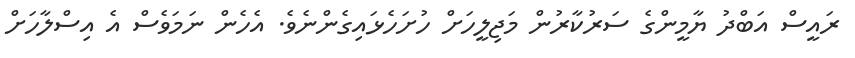
ރައީސް އަބްދު ޔާމީންގެ ސަރުކާރުން މަޖިލީހަށް ހުށަހެޅައިގެންނެވެ. އެހެން ނަމަވެސް އެ އިސްލާހަށް